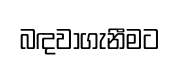
බඳවාගැනීමට